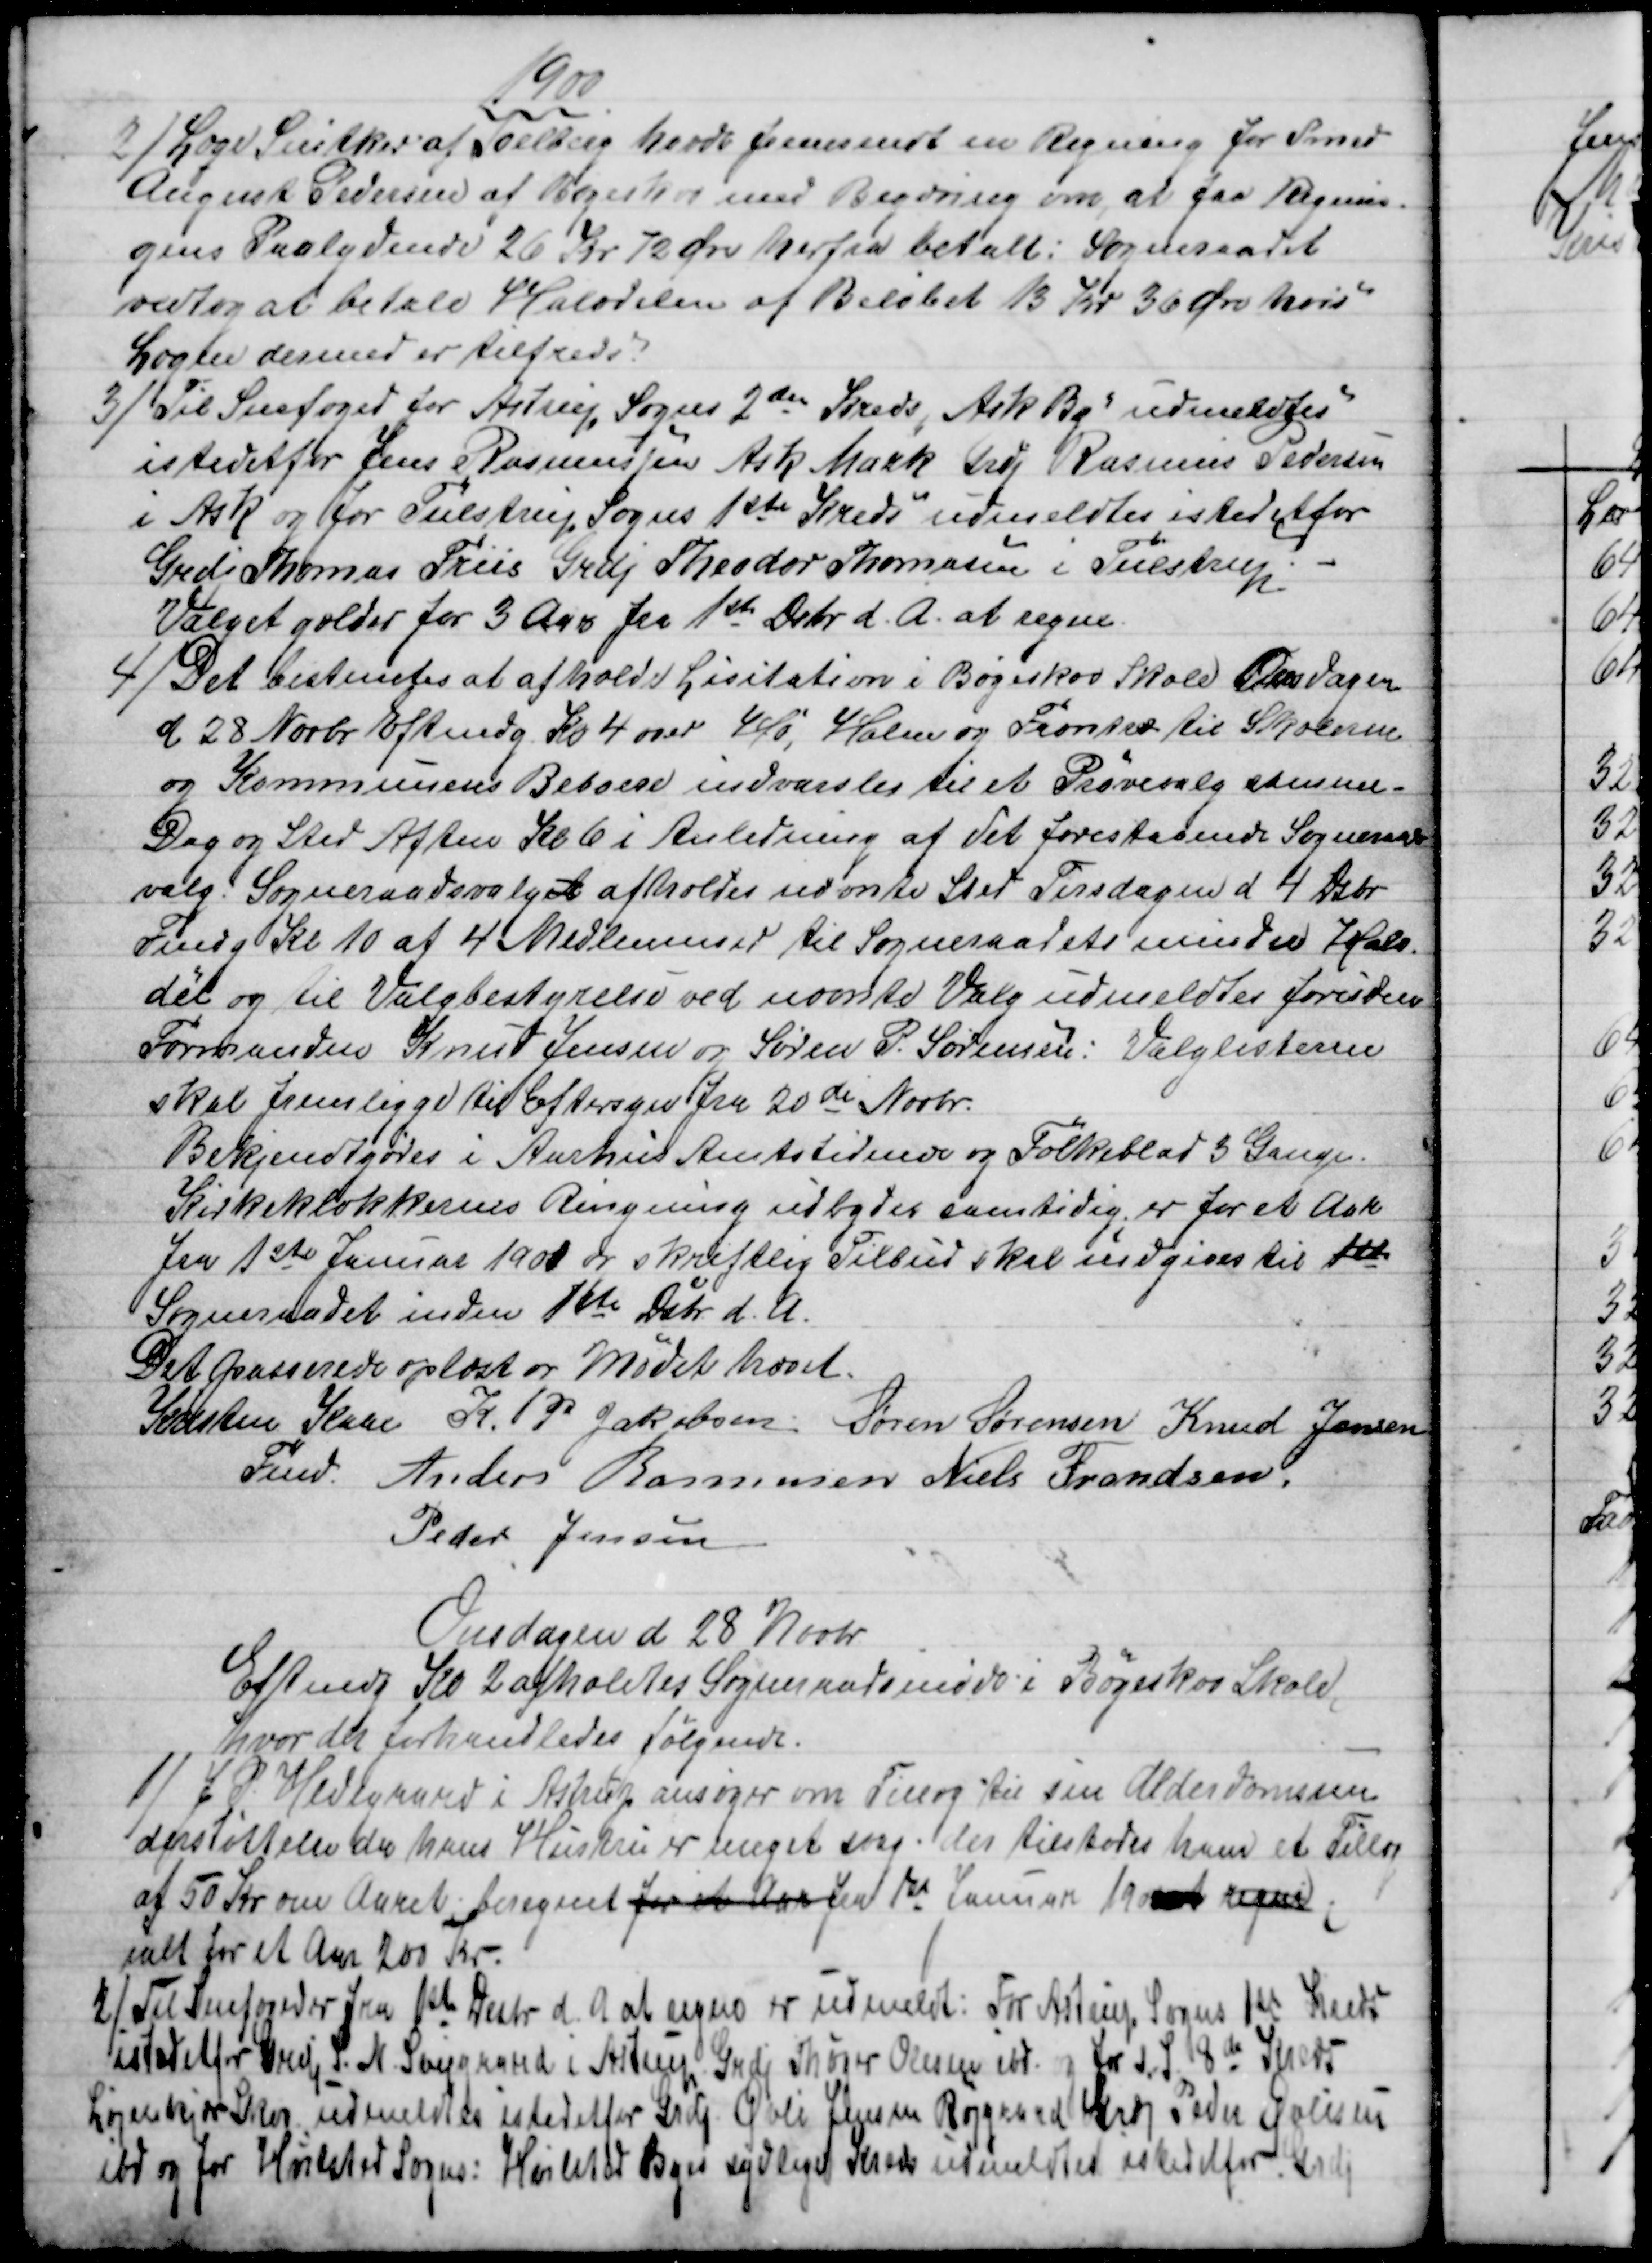
Transskription:
1900
2) 
Læge Snitker af Soelberg havde fremsendt en Regning for Smed
August Pedersen af Løjenkær med Begæring om, at faa Regnin-
gens Paalydende 26 Kr 72 Øre herfra betalt: Sogneraadet
vedtog at betale Halvdelen af Beløbet 13 Kr 36 Øre hvis
Lægen dermed er tilfreds.
3)
Til Snefoged for Astrup Sogns 2den Kreds "Ask By" udmeldtes
istedetfor Jens Rasmussen Ask Mark Grdj Rasmus Pedersen
i Ask og for Tulstrup Sogns 1ste Kreds udmeldtes istedetfor
Grdj Thomas Friis Grdj Theodor Thomasen i Tulstrup.
Valget gælder for 3 Aar fra 1ste Dsbr. d. A. at regne.
4)
Det bestemtes at afholde Lisitation i Bogeskov Skole Onsdagen
d 28 Novbr Eftmdg Kl 4 over Hø, Halm og Favntræ til Skolerne
og Kommunens Beboere indvarsles til et Prøvevalg samme -
Dag og Sted Aften Kl 6 i Anledning af det forestaaende Sogneraad
valg. Sogneraadsvalget afholdes nævnte Sted Tirsdagen d 4 Dsbr.
Fmdg Kl 10 af 4 Medlemmer til Sogneraadets mindre Halv-
dél og til Valgbestyrelse ved nævnte Valg udmeldtes foruden
Formanden Knud Jensen og Søren P. Sørensen: Valglisterne
skal fremligge til Eftersyn fra 20de Novbr.
Bekjendtgøres i Aarhus Amtstidende og Folkeblad 3 Gange.
Kirkeklokkernes Ringning udbydes samtidig; er for et Aar
fra 1ste Januar 1901 og skriftlig Tilbud skal indgives til 1ste
Sogneraadet inden 1ste Dcbr d. A.
Det passerede oplæst og Mødet hævet.
Kristen Kaae 
Fmd.
K. P. Jakobsen Søren Sørensen Knud Jensen
Anders Rasmussen Niels Frandsen.
Peder Jensen
Onsdagen d 28 Novbr.
Eftmdg Kl 2 afholdtes Sogneraadsmøde i Bøgeskov Skole,
hvor der forhandledes Følgende.
1)
J. P. Hedegaard i Astrup ansøger om Tillæg til sin Alderdomsun
derstøttelse da hans Hustru er meget svag. der tilstodes ham et Tillæg
af 50 Kr om Aaret beregnet for et Aar ved 1st Januar 1901 at regne
ialt for et Aar 200 Kr.
2) 
Til Snefogeder fra 1st Desbr. d. A. at regne er udmeldt: For Astrup Sogns 1st Kreds
istedet for Grdj P. N. Svejgaard i Astrup Grdj Thøger Olesen ibd. og for S. P. 8de Kreds
Løjenkjær Skov udmeldtes istedetfor Grdj Øvli Jensen Røjgaard Grdj Peder Øvlisen
ibd og for Hvilsted Sogns: Hvilsted Byes sydlige Kreds udmeldtes istedetfor istedetfor Grdj